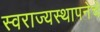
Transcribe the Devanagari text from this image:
स्वराज्यस्थापनेचे